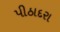
પીઠાદરા